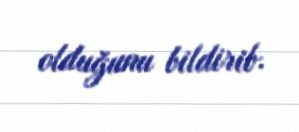
olduğunu bildirib.